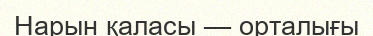
Нарын қаласы — орталығы